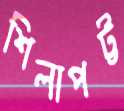
শিলাপট্ট